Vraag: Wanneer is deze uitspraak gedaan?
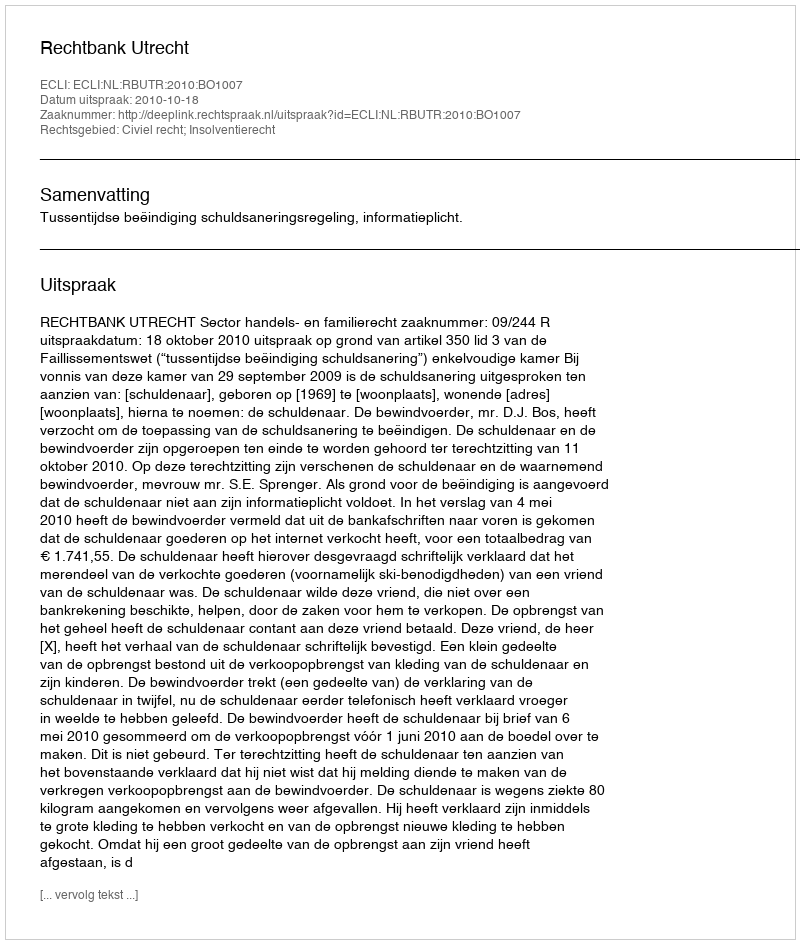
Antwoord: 2010-10-18